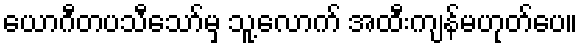
ယောဂီတပသီသော်မှ သူ့လောက် အထီးကျန်မဟုတ်ပေ။